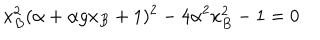
x _ { B } ^ { 2 } ( \alpha + \alpha g x _ { B } + 1 ) ^ { 2 } - 4 \alpha ^ { 2 } x _ { B } ^ { 2 } - 1 = 0